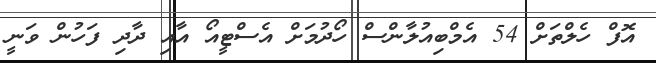
އޮފް ހެލްތަށް 54 އެމްބިއުލާންސް ހޯދުމަށް އެސްޓީއޯ އާއި ދާދި ފަހުން ވަނީ